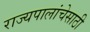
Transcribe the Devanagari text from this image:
राज्यपालांचेसाठी